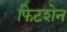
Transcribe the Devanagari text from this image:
फिटशेन